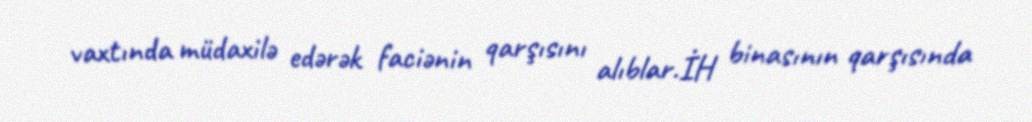
vaxtında müdaxilə edərək faciənin qarşısını alıblar.İH binasının qarşısında